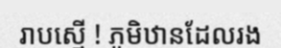
រាបស្មើ ! ភូមិឋានដែលរង